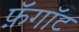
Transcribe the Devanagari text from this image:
फ़ॅगॉट